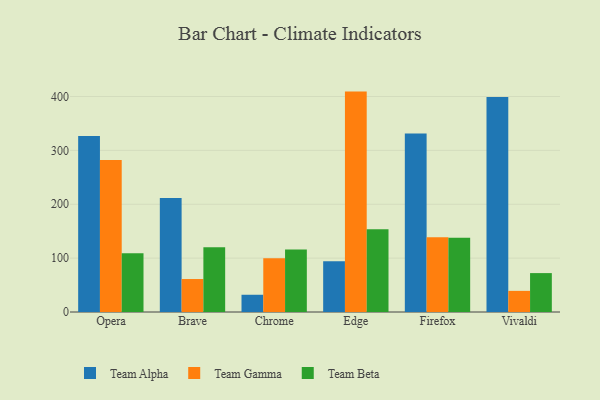
{"axis": {"x": "Browser", "y": "Satisfaction Score"}, "legend": ["Team Alpha", "Team Beta", "Team Gamma"], "data": [{"x": "Opera", "y": 326.9, "type": "Team Alpha"}, {"x": "Opera", "y": 282.3, "type": "Team Gamma"}, {"x": "Opera", "y": 109.0, "type": "Team Beta"}, {"x": "Brave", "y": 211.6, "type": "Team Alpha"}, {"x": "Brave", "y": 61.2, "type": "Team Gamma"}, {"x": "Brave", "y": 120.0, "type": "Team Beta"}, {"x": "Chrome", "y": 32.0, "type": "Team Alpha"}, {"x": "Chrome", "y": 99.7, "type": "Team Gamma"}, {"x": "Chrome", "y": 116.0, "type": "Team Beta"}, {"x": "Edge", "y": 94.3, "type": "Team Alpha"}, {"x": "Edge", "y": 409.1, "type": "Team Gamma"}, {"x": "Edge", "y": 153.5, "type": "Team Beta"}, {"x": "Firefox", "y": 331.3, "type": "Team Alpha"}, {"x": "Firefox", "y": 138.9, "type": "Team Gamma"}, {"x": "Firefox", "y": 137.6, "type": "Team Beta"}, {"x": "Vivaldi", "y": 399.0, "type": "Team Alpha"}, {"x": "Vivaldi", "y": 39.2, "type": "Team Gamma"}, {"x": "Vivaldi", "y": 72.2, "type": "Team Beta"}]}